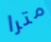
مترا